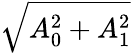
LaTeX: \sqrt{A_{0}^{2}+A_{1}^{2}}